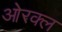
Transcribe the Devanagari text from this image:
ओरक्ल